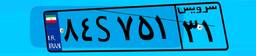
۵۴S۱۲۶۹۴